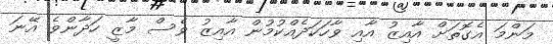
މަންމަ އެގޮތަށް އާއިޒު އާއި ވާހަކަދެއްކުމުން އާއިޒު ވެސް މާޒީ ހަދާންވެ އޭނަ